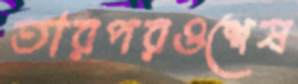
তারপরওশেষ